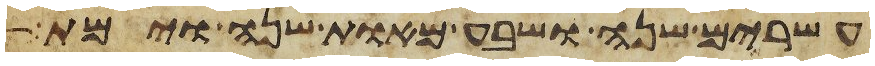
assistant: עשרים שנה ושבע מאות שנה וימת